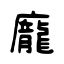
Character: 龐